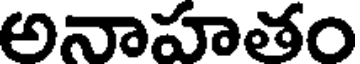
అనాహతం